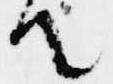
て